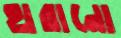
হারানো